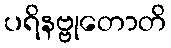
ပရိနဗ္ဗုတောတိ